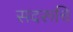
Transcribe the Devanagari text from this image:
सदरूचि